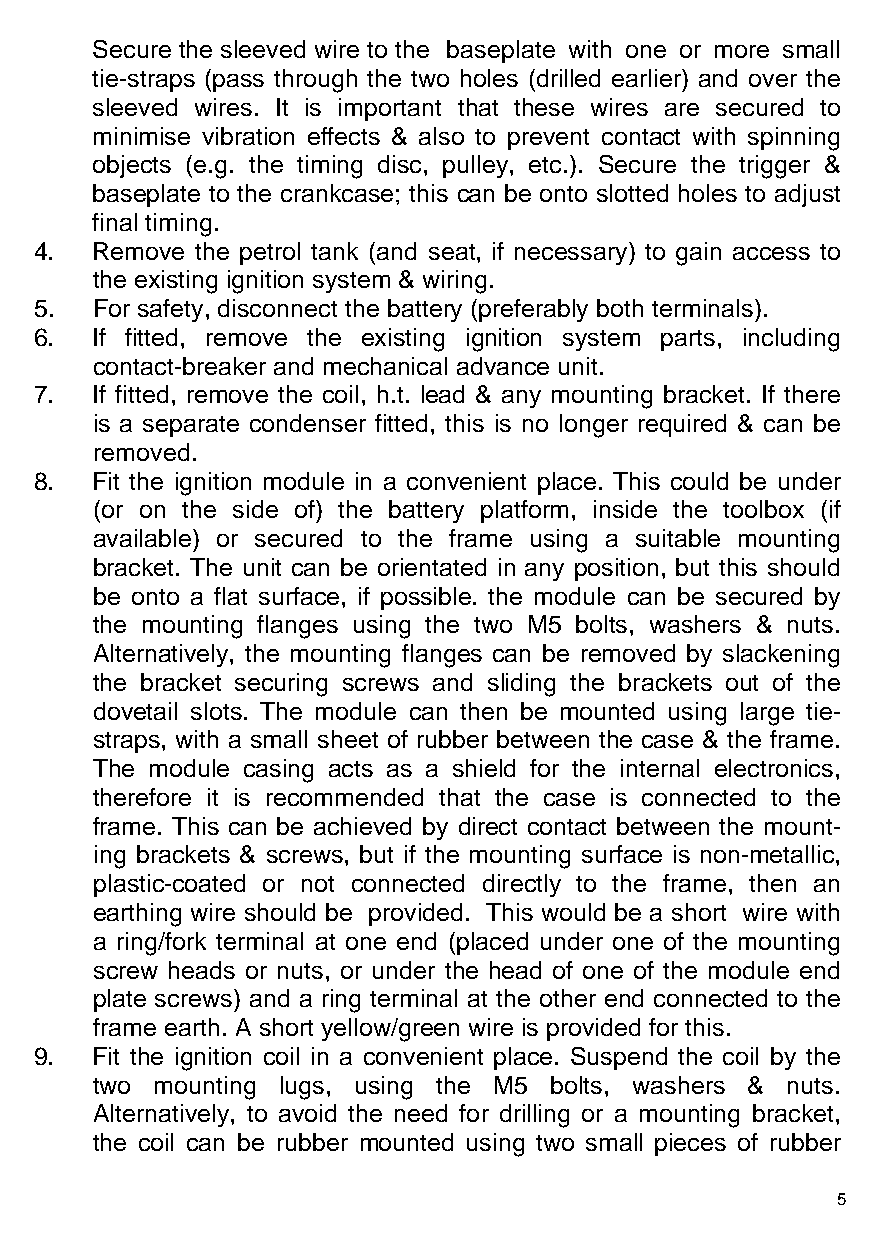
Secure the sleeved wire to the baseplate with one or more small
 tie-straps (pass through the two holes (drilled earlier) and over the
 sleeved wires. It is important that these wires are secured to
 minimise vibration effects & also to prevent contact with spinning
 objects (e.g. the timing disc, pulley, etc.). Secure the trigger &
 baseplate to the crankcase; this can be onto slotted holes to adjust
 final timing.
 4.  Remove the petrol tank (and seat, if necessary) to gain access to
 the existing ignition system & wiring.
 5.  For safety, disconnect the battery (preferably both terminals).
 6.  If fitted, remove the existing ignition system parts, including
 contact-breaker and mechanical advance unit.
 7.  If fitted, remove the coil, h.t. lead & any mounting bracket. If there
 is a separate condenser fitted, this is no longer required & can be
 removed.
 8.  Fit the ignition module in a convenient place. This could be under
 (or on the side of) the battery platform, inside the toolbox (if
 available) or secured to the frame using a suitable mounting
 bracket. The unit can be orientated in any position, but this should
 be onto a flat surface, if possible. the module can be secured by
 the mounting flanges using the two M5 bolts, washers & nuts.
 Alternatively, the mounting flanges can be removed by slackening
 the bracket securing screws and sliding the brackets out of the
 dovetail slots. The module can then be mounted using large tie-
 straps, with a small sheet of rubber between the case & the frame.
 The module casing acts as a shield for the internal electronics,
 therefore it is recommended that the case is connected to the
 frame. This can be achieved by direct contact between the mount-
 ing brackets & screws, but if the mounting surface is non-metallic,
 plastic-coated or not connected directly to the frame, then an
 earthing wire should be provided. This would be a short wire with
 a ring/fork terminal at one end (placed under one of the mounting
 screw heads or nuts, or under the head of one of the module end
 plate screws) and a ring terminal at the other end connected to the
 frame earth. A short yellow/green wire is provided for this.
 9.  Fit the ignition coil in a convenient place. Suspend the coil by the
 two mounting lugs, using the M5 bolts, washers & nuts.
 Alternatively, to avoid the need for drilling or a mountin g bracket,
 the coil can be rubber mounted using two small pieces of rubber
 5